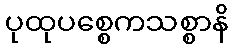
ပုထုပစ္စေကသစ္စာနိ